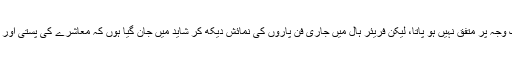
ہم میں سے کوئی بھی کسی ایک وجہ پر متفق نہیں ہو پاتا، لیکن فریئر ہال میں جاری فن پاروں کی نمائش دیکھ کر شاید میں جان گیا ہوں کہ معاشرے کی پستی اور بدحالی کی بنیادی وجہ کیا ہے؟